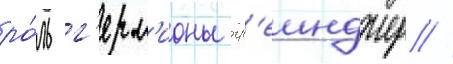
ро́ль г'ерм'ионы гр'еинджер //